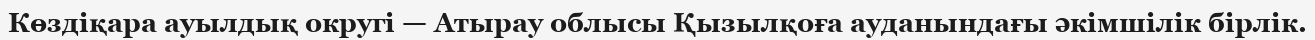
Көздіқара ауылдық округі — Атырау облысы Қызылқоға ауданындағы әкімшілік бірлік.